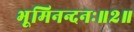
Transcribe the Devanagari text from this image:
भूमिनन्दनः॥२॥